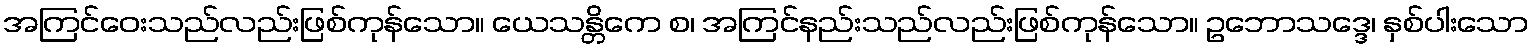
အကြင်ဝေးသည်လည်းဖြစ်ကုန်သော။ ယေသန္တိကေ စ၊ အကြင်နည်းသည်လည်းဖြစ်ကုန်သော။ ဥဘောသဒ္ဒေ၊ နှစ်ပါးသော